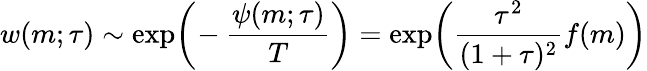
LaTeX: \displaystyle{w(m;\tau)\sim\exp\! \bigg(\! -\frac{\psi(m;\tau)}{T}\bigg)=\exp\! \bigg(\frac{\tau^{2}}{(1+\tau)^{2}}f(m)\bigg)}